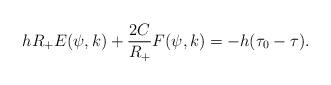
LaTeX: \begin{align*}hR_+E(\psi,k) + \frac{2C}{R_+} F(\psi,k) = - h(\tau_0-\tau).\end{align*}